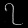
Digit: ၇